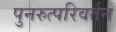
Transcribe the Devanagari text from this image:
पुनरुत्परिवर्तन